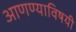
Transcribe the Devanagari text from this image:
आणण्याविषयी